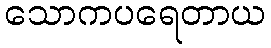
သောကပရေတာယ